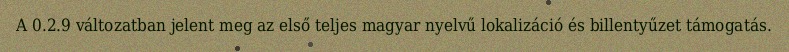
A 0.2.9 változatban jelent meg az első teljes magyar nyelvű lokalizáció és billentyűzet támogatás.